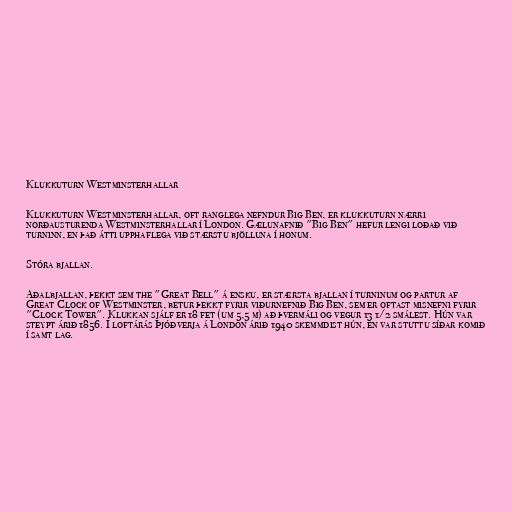
Klukkuturn Westminsterhallar

Klukkuturn Westminsterhallar, oft ranglega nefndur Big Ben, er klukkuturn nærri
norðausturenda Westminsterhallar í London. Gælunafnið "Big Ben" hefur lengi loðað við
turninn, en það átti upphaflega við stærstu bjölluna í honum.

Stóra bjallan.

Aðalbjallan, þekkt sem the "Great Bell" á ensku, er stærsta bjallan í turninum og partur af
Great Clock of Westminster, betur þekkt fyrir viðurnefnið Big Ben, sem er oftast misnefni fyrir
"Clock Tower". Klukkan sjálf er 18 fet (um 5,5 m) að þvermáli og vegur 13 1/2 smálest. Hún var
steypt árið 1856. Í loftárás Þjóðverja á London árið 1940 skemmdist hún, en var stuttu síðar komið
í samt lag.